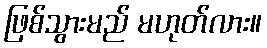
ဖြစ်သွားမည် မဟုတ်လား။